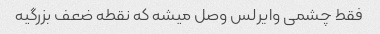
فقط چشمی وایرلس وصل میشه که نقطه ضعف بزرگیه